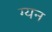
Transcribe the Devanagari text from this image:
ग्यन